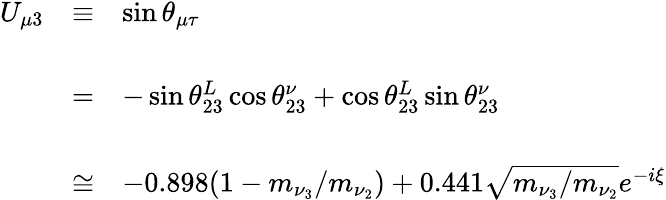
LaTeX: \begin{array}{lcl}{{U_{\mu 3}}}&{{\equiv}}&{{\sin\theta_{\mu\tau}}}\\ {{}}&{{}}&{{}}\\ {{}}&{{=}}&{{-\sin\theta_{23}^{L}\cos\theta_{23}^{\nu}+\cos\theta_{23}^{L}\sin\theta_{23}^{\nu}}}\\ {{}}&{{}}&{{}}\\ {{}}&{{\cong}}&{{-0.898(1-m_{\nu_{3}}/m_{\nu_{2}})+0.441\sqrt{m_{\nu_{3}}/m_{\nu_{2}}}e^{-i\xi}}}\end{array}